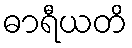
ဓာရီယတိ